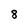
Character: 8